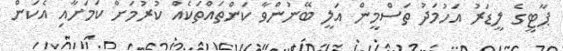
ޕާޓީގެ ލީޑަރު އަހުމަދު ތަސްމީން އަލީ ބޭނުންވާ ކަންތައްތަކެއް ކުރުމަށް ކަމަށާއި އެކަން